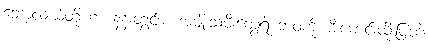
ဘောလယ်တို့ဟာ နန်းတွင်းစံ အမျိုးသမီးတွေရဲ့ ဘဝကို မီးမောင်းထိုးပြတဲ့